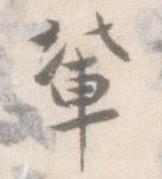
輩